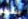
بشرف